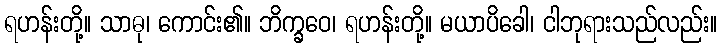
ရဟန်းတို့။ သာဓု၊ ကောင်း၏။ ဘိက္ခဝေ၊ ရဟန်းတို့။ မယာပိခေါ၊ ငါဘုရားသည်လည်း။